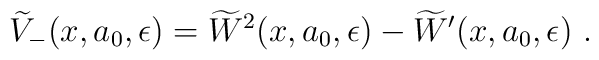
\widetilde {V}_-(x,a_0,\epsilon) = \widetilde {W}^2(x,a_0,\epsilon)-\widetilde{W}'(x,a_0,\epsilon)~.